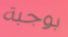
بوجبة